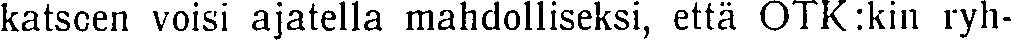
katsoen voisi ajatella mahdolliseksi, että OTk:kin ryh-